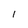
Character: 1